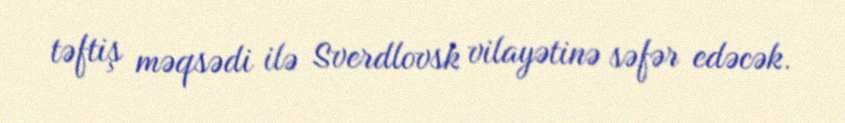
təftiş məqsədi ilə Sverdlovsk vilayətinə səfər edəcək.